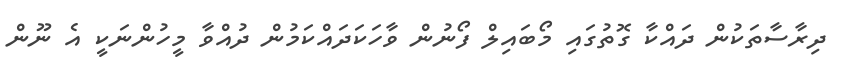
ދިރާސާތަކުން ދައްކާ ގޮތުގައި މޯބައިލް ފޯނުން ވާހަކަދައްކަމުން ދުއްވާ މީހުންނަކީ އެ ނޫން